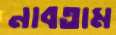
নাবতাম